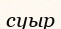
суыр